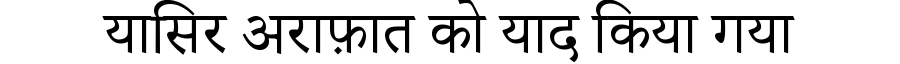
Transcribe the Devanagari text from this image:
यासिर अराफ़ात को याद किया गया